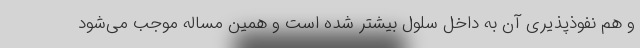
و هم نفوذپذیری آن به داخل سلول بیشتر شده است و همین مساله موجب می‌شود